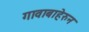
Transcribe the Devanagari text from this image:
गावाबाहेरुन